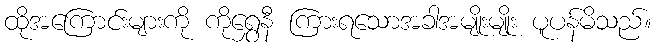
ထိုအကြောင်းများကို ကိုရွှေနီ ကြားရသောအခါအမျိုးမျိုး ပူပန်မိသည်။